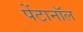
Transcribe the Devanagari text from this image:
पेंटानॉल